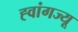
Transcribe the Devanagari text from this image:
ह्वांगज्यू